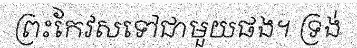
ព្រះកែវសទៅជាមួយផង។ ទ្រង់